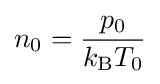
n_{0}={\frac {p_{0}}{k_{\text{B}}T_{0}}}